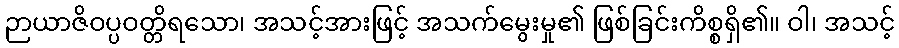
ဉာယာဇိဝပ္ပဝတ္တိရသော၊ အသင့်အားဖြင့် အသက်မွေးမှု၏ ဖြစ်ခြင်းကိစ္စရှိ၏။ ဝါ၊ အသင့်